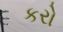
કરો